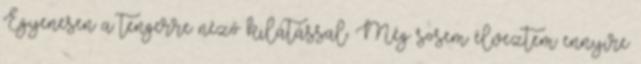
Egyenesen a tengerre néző kilátással. Még sosem élveztem ennyire